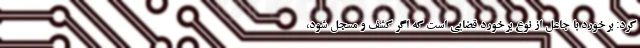
کرد: برخورد با جاعل از نوع برخورد قضایی است که اگر کشف و مسجل شود،